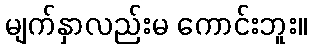
မျက်နှာလည်းမ ကောင်းဘူး။